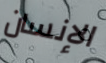
الإنسان